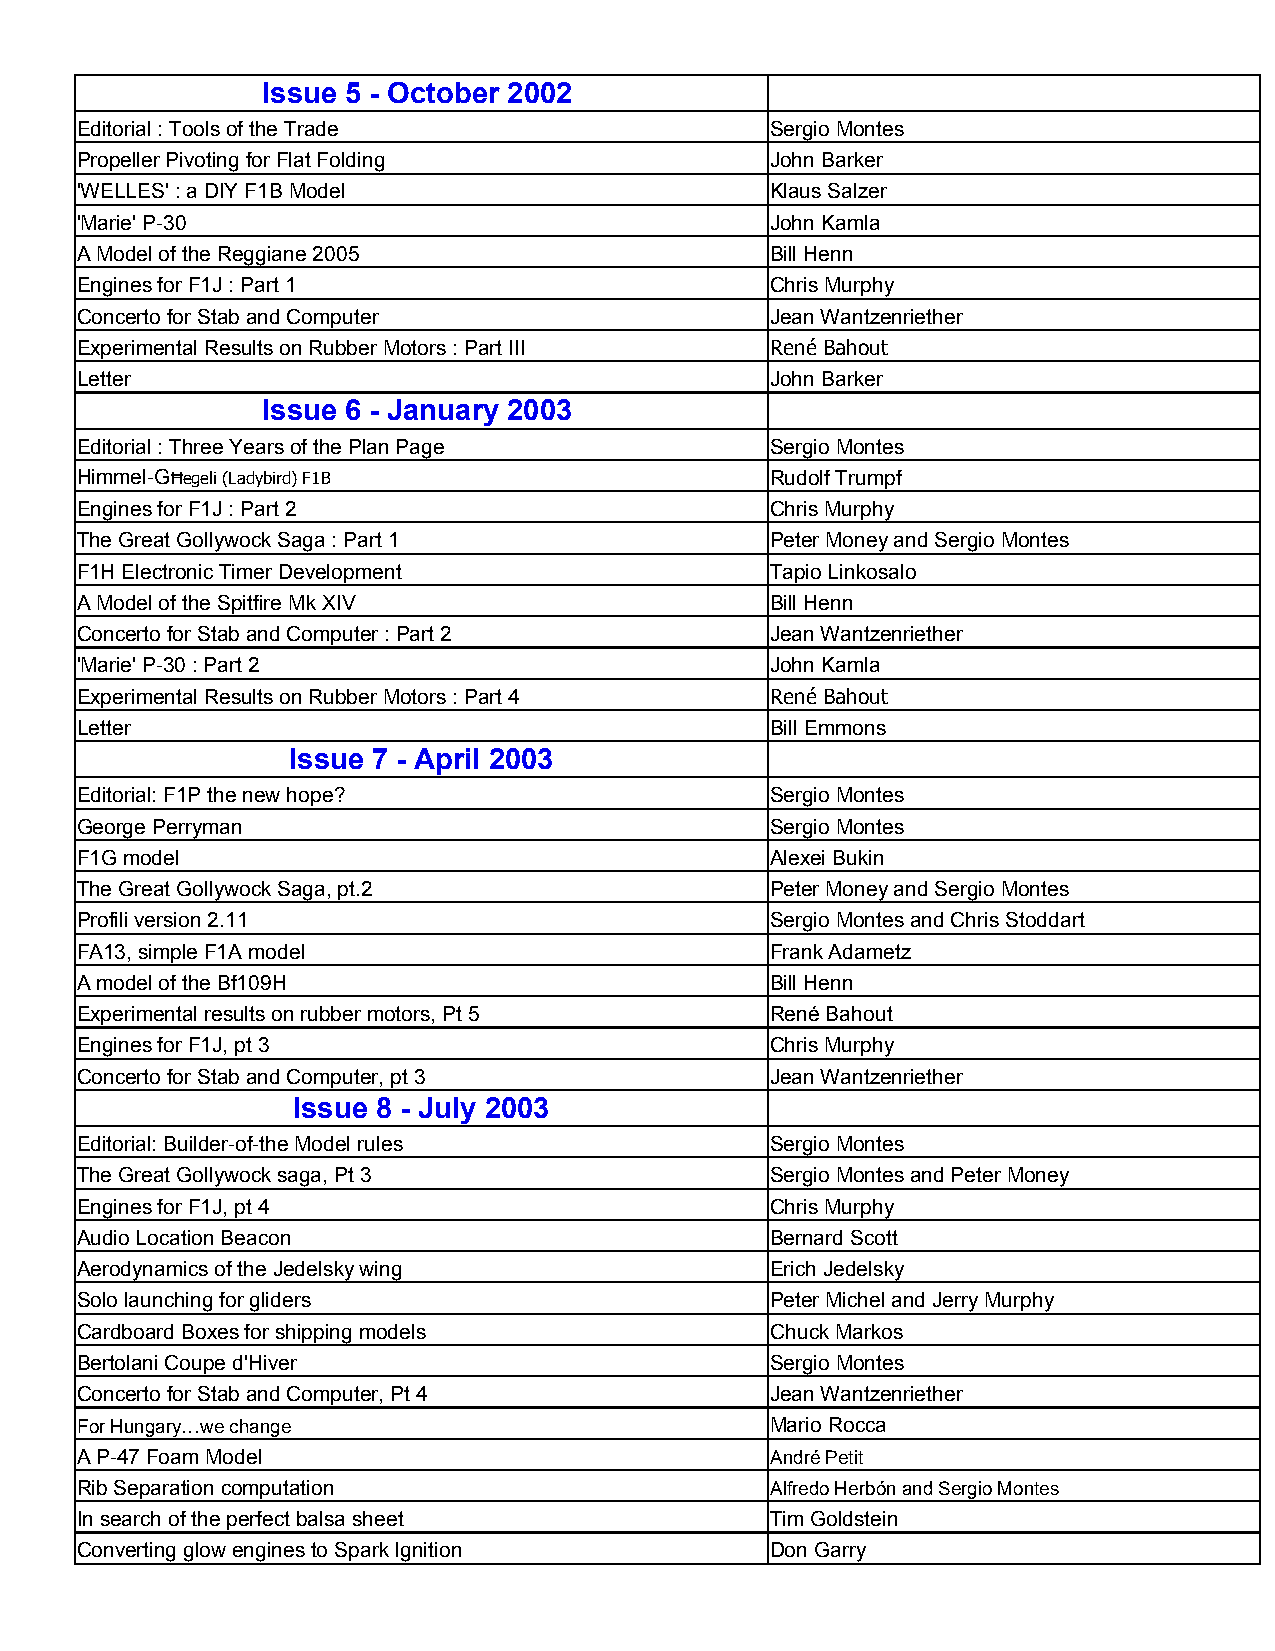
Issue 5 - October 2002
 Editorial : Tools of the Trade                Sergio Montes
 Propeller Pivoting for Flat Folding           John Barker
 'WELLES' : a DIY F1B Model                    Klaus Salzer
 'Marie' P-30                                  John Kamla
 A Model of the Reggiane 2005                  Bill Henn
 Engines for F1J : Part 1                      Chris Murphy
 Concerto for Stab and Computer                Jean Wantzenriether
 Experimental Results on Rubber Motors : Part III René Bahout
 Letter                                        John Barker
 Issue 6 - January 2003
 Editorial : Three Years of the Plan Page      Sergio Montes
 Himmel-GĦegeli (Ladybird) F1B                 Rudolf Trumpf
 Engines for F1J : Part 2                      Chris Murphy
 The Great Gollywock Saga : Part 1             Peter Money and Sergio Montes
 F1H Electronic Timer Development              Tapio Linkosalo
 A Model of the Spitfire Mk XIV                Bill Henn
 Concerto for Stab and Computer : Part 2       Jean Wantzenriether
 'Marie' P-30 : Part 2                         John Kamla
 Experimental Results on Rubber Motors : Part 4 René Bahout
 Letter                                        Bill Emmons
 Issue 7 - April 2003
 Editorial: F1P the new hope?                  Sergio Montes
 George Perryman                               Sergio Montes
 F1G model                                     Alexei Bukin
 The Great Gollywock Saga, pt.2                Peter Money and Sergio Montes
 Profili version 2.11                          Sergio Montes and Chris Stoddart
 FA13, simple F1A model                        Frank Adametz
 A model of the Bf109H                         Bill Henn
 Experimental results on rubber motors, Pt 5   René Bahout
 Engines for F1J, pt 3                         Chris Murphy
 Concerto for Stab and Computer, pt 3          Jean Wantzenriether
 Issue 8 - July 2003
 Editorial: Builder-of-the Model rules         Sergio Montes
 The Great Gollywock saga, Pt 3                Sergio Montes and Peter Money
 Engines for F1J, pt 4                         Chris Murphy
 Audio Location Beacon                         Bernard Scott
 Aerodynamics of the Jedelsky wing             Erich Jedelsky
 Solo launching for gliders                    Peter Michel and Jerry Murphy
 Cardboard Boxes for shipping models           Chuck Markos
 Bertolani Coupe d'Hiver                       Sergio Montes
 Concerto for Stab and Computer, Pt 4          Jean Wantzenriether
 For Hungary…we change                         Mario Rocca
 A P-47 Foam Model                             André Petit
 Rib Separation computation                    Alfredo Herbón and Sergio Montes
 In search of the perfect balsa sheet          Tim Goldstein
 Converting glow engines to Spark Ignition     Don Garry